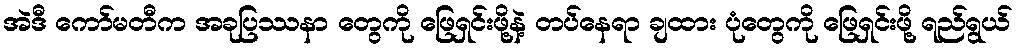
အဲဒီ ကော်မတီက အခုပြဿနာ တွေကို ဖြေရှင်းဖို့နဲ့ တပ်နေရာ ချထား ပုံတွေကို ဖြေရှင်းဖို့ ရည်ရွယ်